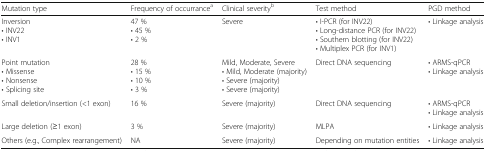
<table><thead><tr><td><b>Mutation type</b></td><td><b>Frequency of occurrance<sup>a</sup></b></td><td><b>Clinical severity<sup>b</sup></b></td><td><b>Test method</b></td><td><b>PGD method</b></td></tr></thead><tbody><tr><td>Inversion• INV22• INV1</td><td>47 %• 45 %• 2 %</td><td>Severe</td><td>• I-PCR (for INV22)• Long-distance PCR (for INV22)• Southern blotting (for INV22)• Multiplex PCR (for INV1)</td><td>• Linkage analysis</td></tr><tr><td>Point mutation• Missense• Nonsense• Splicing site</td><td>28 %• 15 %• 10 %• 3 %</td><td>Mild, Moderate, Severe• Mild, Moderate (majority)• Severe (majority)• Severe (majority)</td><td>Direct DNA sequencing</td><td>• ARMS-qPCR• Linkage analysis</td></tr><tr><td>Small deletion/insertion (&lt;1 exon)</td><td>16 %</td><td>Severe (majority)</td><td>Direct DNA sequencing</td><td>• ARMS-qPCR• Linkage analysis</td></tr><tr><td>Large deletion (≥1 exon)</td><td>3 %</td><td>Severe (majority)</td><td>MLPA</td><td>• Linkage analysis</td></tr><tr><td>Others (e.g., Complex rearrangement)</td><td>NA</td><td>Severe (majority)</td><td>Depending on mutation entities</td><td>• Linkage analysis</td></tr></tbody></table>